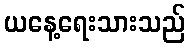
ယနေ့ရေးသားသည်